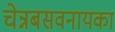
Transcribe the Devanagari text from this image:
चेन्नबसवनायका